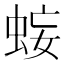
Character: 𧊷